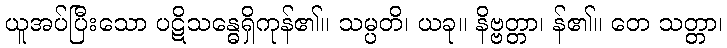
ယူအပ်ပြီးသော ပဋိသန္ဓေရှိကုန်၏။ သမ္ပတိ၊ ယခု။ နိဗ္ဗတ္တာ၊ န်၏။ တေ သတ္တာ၊